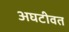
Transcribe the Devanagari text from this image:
अघटीवत